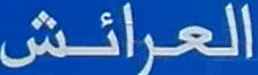
العرائش